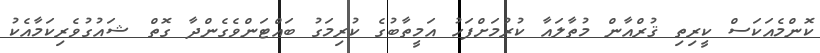
ކޮންމެއަކަސް ކީރިތި ޤުރްއާން މުތާލައާ ކުރުމަށްފަހު އަމީތާބުގެ ކުރިމަގު ބައްޓަންވެގެންދާ ގޮތް ޝައުގުވެރިކަމާއެކު